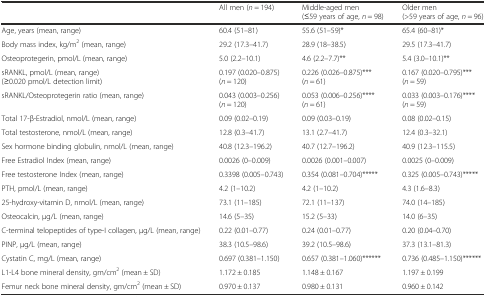
<table><thead><tr><td></td><td><b>All men (<i>n</i> = 194)</b></td><td><b>Middle-aged men (≤59 years of age, <i>n</i> = 98)</b></td><td><b>Older men (&gt;59 years of age, <i>n</i> = 96)</b></td></tr></thead><tbody><tr><td>Age, years (mean, range)</td><td>60.4 (51–81)</td><td>55.6 (51–59)*</td><td>65.4 (60–81)*</td></tr><tr><td>Body mass index, kg/m<sup>2</sup> (mean, range)</td><td>29.2 (17.3–41.7)</td><td>28.9 (18–38.5)</td><td>29.5 (17.3–41.7)</td></tr><tr><td>Osteoprotegerin, pmol/L (mean, range)</td><td>5.0 (2.2–10.1)</td><td>4.6 (2.2–7.7)**</td><td>5.4 (3.0–10.1)**</td></tr><tr><td>sRANKL, pmol/L (mean, range) (≥0.020 pmol/L detection limit)</td><td>0.197 (0.020–0.875) (<i>n</i> = 120)</td><td>0.226 (0.026–0.875)*** (<i>n</i> = 61)</td><td>0.167 (0.020–0.795)*** (<i>n</i> = 59)</td></tr><tr><td>sRANKL/Osteoprotegerin ratio (mean, range)</td><td>0.043 (0.003–0.256) (<i>n</i> = 120)</td><td>0.053 (0.006–0.256)**** (<i>n</i> = 61)</td><td>0.033 (0.003–0.176)**** (<i>n</i> = 59)</td></tr><tr><td>Total 17-β-Estradiol, nmol/L (mean, range)</td><td>0.09 (0.02–0.19)</td><td>0.09 (0.03–0.19)</td><td>0.08 (0.02–0.15)</td></tr><tr><td>Total testosterone, nmol/L (mean, range)</td><td>12.8 (0.3–41.7)</td><td>13.1 (2.7–41.7)</td><td>12.4 (0.3–32.1)</td></tr><tr><td>Sex hormone binding globulin, nmol/L (mean, range)</td><td>40.8 (12.3–196.2)</td><td>40.7 (12.7–196.2)</td><td>40.9 (12.3–115.5)</td></tr><tr><td>Free Estradiol Index (mean, range)</td><td>0.0026 (0–0.009)</td><td>0.0026 (0.001–0.007)</td><td>0.0025 (0–0.009)</td></tr><tr><td>Free testosterone Index (mean, range)</td><td>0.3398 (0.005–0.743)</td><td>0.354 (0.081–0.704)*****</td><td>0.325 (0.005–0.743)*****</td></tr><tr><td>PTH, pmol/L (mean, range)</td><td>4.2 (1–10.2)</td><td>4.2 (1–10.2)</td><td>4.3 (1.6–8.3)</td></tr><tr><td>25-hydroxy-vitamin D, nmol/L (mean, range)</td><td>73.1 (11–185)</td><td>72.1 (11–137)</td><td>74.0 (14–185)</td></tr><tr><td>Osteocalcin, μg/L (mean, range)</td><td>14.6 (5–35)</td><td>15.2 (5–33)</td><td>14.0 (6–35)</td></tr><tr><td>C-terminal telopeptides of type-I collagen, μg/L (mean, range)</td><td>0.22 (0.01–0.77)</td><td>0.24 (0.01–0.77)</td><td>0.20 (0.04–0.70)</td></tr><tr><td>PINP, μg/L (mean, range)</td><td>38.3 (10.5–98.6)</td><td>39.2 (10.5–98.6)</td><td>37.3 (13.1–81.3)</td></tr><tr><td>Cystatin C, mg/L (mean, range)</td><td>0.697 (0.381–1.150)</td><td>0.657 (0.381–1.060)******</td><td>0.736 (0.485–1.150)******</td></tr><tr><td>L1-L4 bone mineral density, gm/cm<sup>2</sup> (mean ± SD)</td><td>1.172 ± 0.185</td><td>1.148 ± 0.167</td><td>1.197 ± 0.199</td></tr><tr><td>Femur neck bone mineral density, gm/cm<sup>2</sup> (mean ± SD)</td><td>0.970 ± 0.137</td><td>0.980 ± 0.131</td><td>0.960 ± 0.142</td></tr></tbody></table>